Annual report on the working of the mental hospitals in the Madras Presidency - 1912-1932
Year: 1912
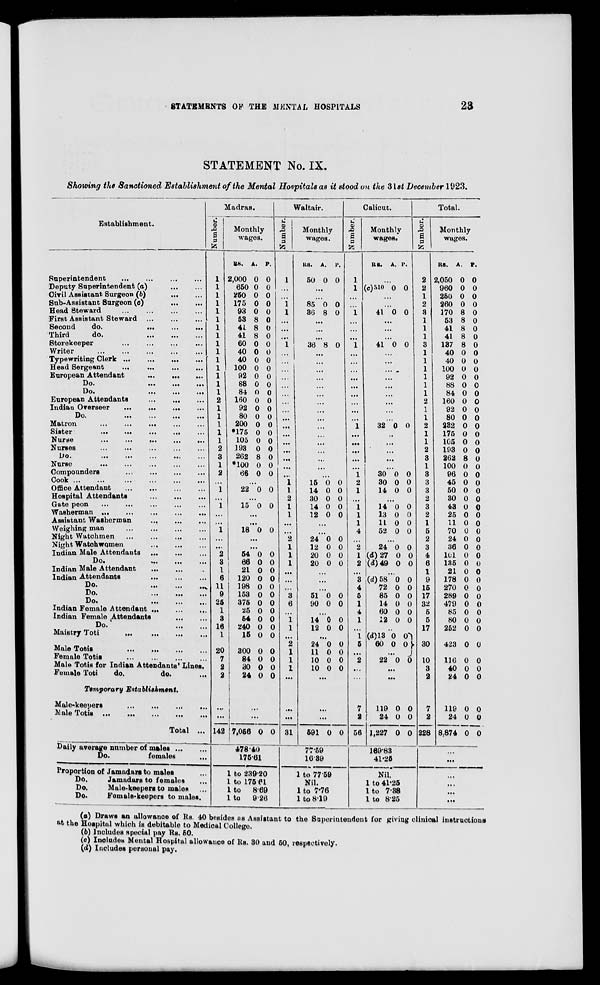
STATEMENTS OF THE MENTAL HOSPITALS
23
STATEMENT No. IX.
Showing the Sanctioned Establishment of the Mental Hospitals as it stood on the 31st December 1923.
Establishment.
Superintendent
...
...
...
...
Deputy Superintendent (a)
...
...
Civil Assistant Surgeon (b) ... ...
Sub-Assistant Surgeon (c)
...
...
Head Steward ... ... ... ...
First Assistant Steward ... ... ...
Second
do.
... ... ...
Third
do.
...
...
...
Storekeeper
...
...
...
...
Writer
...
...
...
...
...
Typewriting Clerk
...
...
...
...
Head Sergeant
...
...
...
...
European Attendant
...
...
...
Do.
...
...
...
Do.
...
...
...
European Attendants
...
...
...
Indian Overseer
...
...
...
...
Do.
...
...
...
...
Matron ... ... ...
...
...
Sister
...
...
...
...
...
Nurse
...
...
...
...
...
Nurses
...
...
...
...
...
Do.
...
...
...
...
...
Nurse ... ... ... ... ...
Compounders
...
...
...
...
Cook
...
...
...
...
...
...
Office Attendant
...
...
...
...
Hospital Attendants
...
...
...
Gate peon ... ... ... ... ...
Washerman
...
...
...
...
...
Assistant Washerman
...
...
...
Weighing man
...
...
...
...
Night Watchmen ... ... ... ...
Night Watchwomen
...
...
...
Indian Male Attendants ... ... ...
Do.
...
...
...
Indian Male Attendant ... ... ...
Indian Attendants
...
...
...
Do.
...
...
...
Do.
...
...
...
Do.
...
...
...
Indian Female Attendant
...
...
...
Indian Female Attendants ... ...
Do.
...
...
Maistry Toti
...
...
...
...
Male Totis ... ... ... ...
Female Totis ... ... ... ...
Male Totis for Indian Attendants' Lines.
Female Toti
do.
do. ...
Temporary Establishment.
Male-keepers
...
...
...
...
Male Totis
...
...
...
...
...
Total ...
Daily average number of males ... ...
Do.
females ...
Proportion of Jamadars to males ...
Do.
Jamadars to females ...
Do.
Male-keepers to males ...
Do.
Female-keepers to males.
Madras.
Number.
1
1
1
1
1
1
1
1
1
1
1
1
1
1
1
2
1
1
1
1
1
2
3
1
2
...
1
...
1
...
...
1
...
...
2
3
1
6
11
9
25
1
3
16
1
20
7
2
2
...
...
142
Monthly
wages.
RS.
2,000
650
250
175
93
53
41
41
60
40
40
100
92
88
84
160
92
80
200
*175
105
193
262
*100
66
A.
0
0
0
0
0
8
8
8
0
0
0
0
0
0
0
0
0
0
0
0
0
0
8
0
0
P.
0
0
0
0
0
0
0
0
0
0
0
0
0
0
0
0
0
0
0
0
0
0
0
0
0
...
22 0 0
...
15 0 0
...
...
18 0 0
...
...
54
66
21
120
198
153
375
25
54
240
15
0
0
0
0
0
0
0
0
0
0
0
0
0
0
0
0
0
0
0
0
0
0
300
84
30
24
0
0
0
0
0
0
0
0
...
...
7,056 0 0
478.40
175.61
1 to 239.20
1 to 175.61
1 to
8.69
1 to
9.26
Waltair.
Number.
1
...
...
1
1
...
...
...
1
...
...
...
...
...
...
...
...
...
...
...
...
...
...
...
...
1
1
2
1
2
...
...
2
1
1
1
...
...
...
3
6
...
1
1
...
2
1
1
1
...
...
...
31
Monthly
wages.
RS.
50
A.
0
P.
0
...
...
85
36
0
8
0
0
...
...
...
36 8 0
...
...
...
...
...
...
...
...
...
...
...
...
...
...
...
...
15
14
30
14
12
0
0
0
0
0
0
0
0
0
0
...
...
24
12
20
20
0
0
0
0
0
0
0
0
...
...
...
51
90
0
0
0
0
...
14
12
0
0
0
0
...
24
11
10
10
0
0
0
0
0
0
0
0
...
...
...
591 0 0
77.59
16.39
1 to 77.59
Nil.
1 to 7.76
1 to 8.19
Calicut.
Number.
1
1
...
...
1
...
...
...
1
...
...
...
...
...
...
...
...
...
1
...
...
...
...
...
1 2
1
...
1
1
1
4
...
2
1
2
...
3
4
5
1
4
1
...
1
5
...
2
...
...
7
2
56
Monthly
wages.
RS.
A. P.
...
(c)310 0 0
...
...
41 0 0
...
...
...
41 0 0
...
...
...
...
...
...
...
...
...
32 0 0
...
...
...
...
...
30
30
14
0
0
0
0
0
0
...
14
13
11
52
0
0
0
0
0
0
0
0
...
24
(d)27
(d)49
0
0
0
0
0
0
...
(d)58
72
85
14
60
12
0
0
0
0
0
0
0
0
0
0
0
0
...
(d)13
60
0
0
0
0
...
22 0 0
...
...
119
24
1,227
0
0
0
0
0
0
169.83
41.25
Nil.
1 to 41.25
1 to 7.38
1 to 8.25
Total.
Number.
2
2
1
2
3
1
1
1
3
1
1
1
1
1
1
2
1
1
2
1
1
2
3
1
3
3
3
2
3
2
1
5
2
3
4
6
1
9
15
17
32
5
5
17
30
10
3
2
7
2
228
Monthly
wages.
RS.
2,050
960
250
260
170
53
41
41
137
40
40
100
92
88
84
160
92
80
232
175
105
193
262
100
96
45
50
30
43
25
11
70
24
36
101
135
21
178
270
289
479
85
80
252
423
116
40
24
A.
0
0
0
0
8
8
8
8
8
0
0
0
0
0
0
0
0
0
0
0
0
0
8
0
0
0
0
0
0
0
0
0
0
0
0
0
0
0
0
0
0
0
0
0
0
0
0
0
P.
0
0
0
0
0
0
0
0
0
0
0
0
0
0
0
0
0
0
0
0
0
0
0
0
0
0
0
0
0
0
0
0
0
0
0
0
0
0
0
0
0
0
0
0
0
0
0
0
119
24
8,874
0
0
0
0
0
0
...
...
...
...
...
...
(a) Draws an allowance of Rs. 40 besides as Assistant to the Superintendent for giving clinical instructions
at the Hospital which is debitable to Medical College.
(b) Includes special pay Rs. 50.
(c) Includes Mental Hospital allowance of Rs. 30 and 50, respectively.
(d) Includes personal pay.